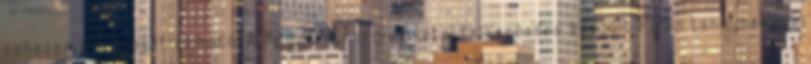
nehezen prognosztizálható. A Magyar Energiahivatal felkérésére készült Pylon tanulmányok